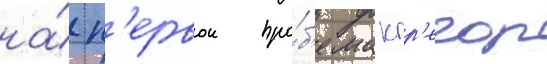
на́ п'ервои про́б'е макгр'егор